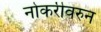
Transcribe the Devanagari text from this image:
नोकरीवरुन